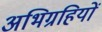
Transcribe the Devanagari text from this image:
अभिग्रहियों